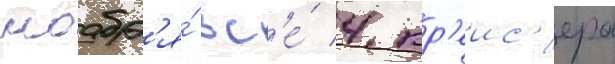
ноабр'я́ вс'е́ 4 кр'еис'ера